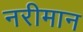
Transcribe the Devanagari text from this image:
नरीमान